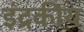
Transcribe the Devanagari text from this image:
इंद्रकीय